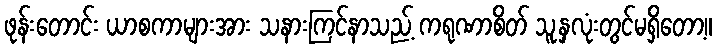
ဖုန်းတောင်း ယာစကာများအား သနားကြင်နာသည့် ကရုဏာစိတ် သူ့နှလုံးတွင်မရှိတော့။